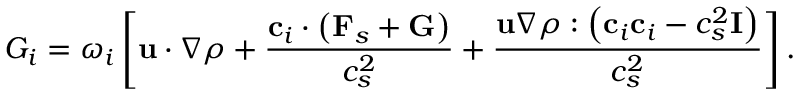
{ G _ { i } } = { \omega _ { i } } \left[ { { \bf { u } } \cdot \nabla \rho + \frac { { { { \bf { c } } _ { i } } \cdot \left( { { { \bf { F } } _ { s } } + { \bf { G } } } \right) } } { { c _ { s } ^ { 2 } } } + \frac { { { \bf { u } } \nabla \rho : \left( { { { \bf { c } } _ { i } } { { \bf { c } } _ { i } } - c _ { s } ^ { 2 } { \bf { I } } } \right) } } { { c _ { s } ^ { 2 } } } } \right] .